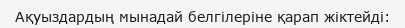
Ақуыздардың мынадай белгілеріне қарап жіктейді: